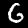
Label: 6